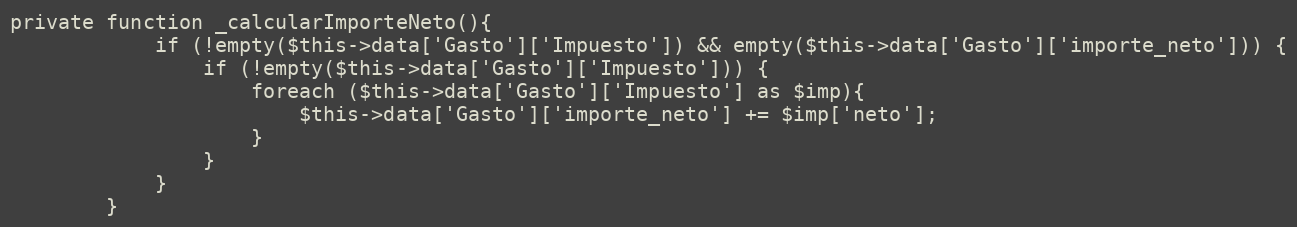
Language: PHP
private function _calcularImporteNeto(){
            if (!empty($this->data['Gasto']['Impuesto']) && empty($this->data['Gasto']['importe_neto'])) {
                if (!empty($this->data['Gasto']['Impuesto'])) {
                    foreach ($this->data['Gasto']['Impuesto'] as $imp){
                        $this->data['Gasto']['importe_neto'] += $imp['neto'];
                    }
                }
            }
        }